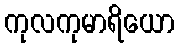
ကုလကုမာရိယော